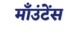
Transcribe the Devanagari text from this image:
माँउंटेंस